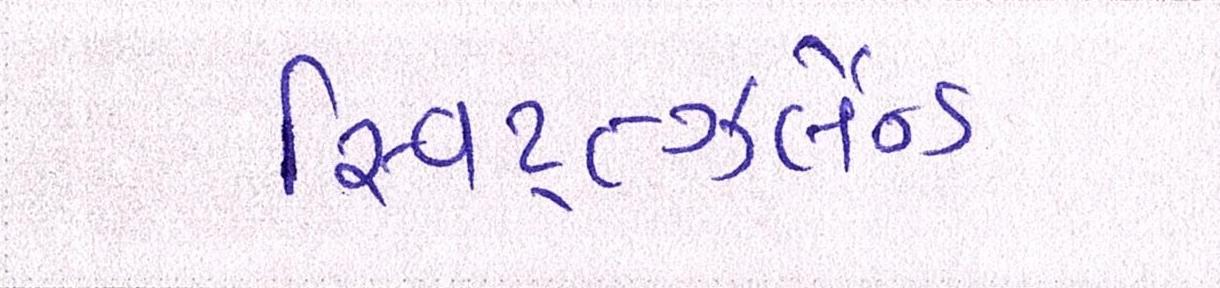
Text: સ્વિટ્ત્ઝર્લેન્ડ